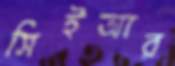
সিইআর